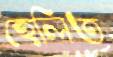
হেলিত